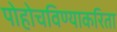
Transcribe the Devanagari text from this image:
पोहोचविण्याकरिता